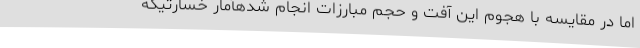
اما در مقایسه با هجوم این آفت و حجم مبارزات انجام شدهآمار خسارتیکه